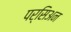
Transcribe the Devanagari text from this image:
पर्सिअन